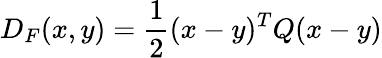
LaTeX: D_{F}(x,y)={\frac{1}{2}}(x-y)^{T}Q(x-y)